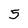
Character: 5